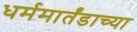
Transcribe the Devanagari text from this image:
धर्ममार्तंडाच्या